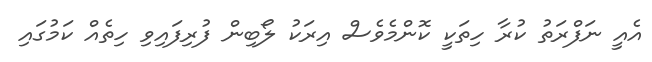
އެއީ ނަފްރަތު ކުރާ ހިތަކީ ކޮންމެވެސް އިރަކު ލޯބިން ފުރިފައިވި ހިތެއް ކަމުގައި